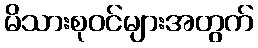
မိသားစုဝင်များအတွက်